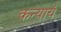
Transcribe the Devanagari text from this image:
कन्यायं